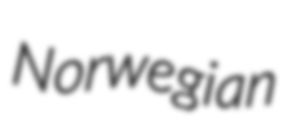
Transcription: Norwegian